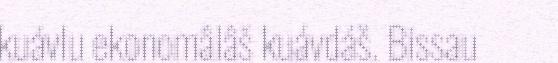
kuávlu ekonomâlâš kuávdáš. Bissau